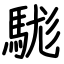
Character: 駹